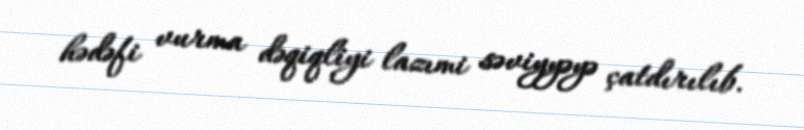
hədəfi vurma dəqiqliyi lazımi səviyyəyə çatdırılıb.